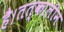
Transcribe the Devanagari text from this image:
है।तत्कालीन